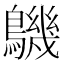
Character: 𪅹